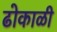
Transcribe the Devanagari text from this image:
ढोकाळी